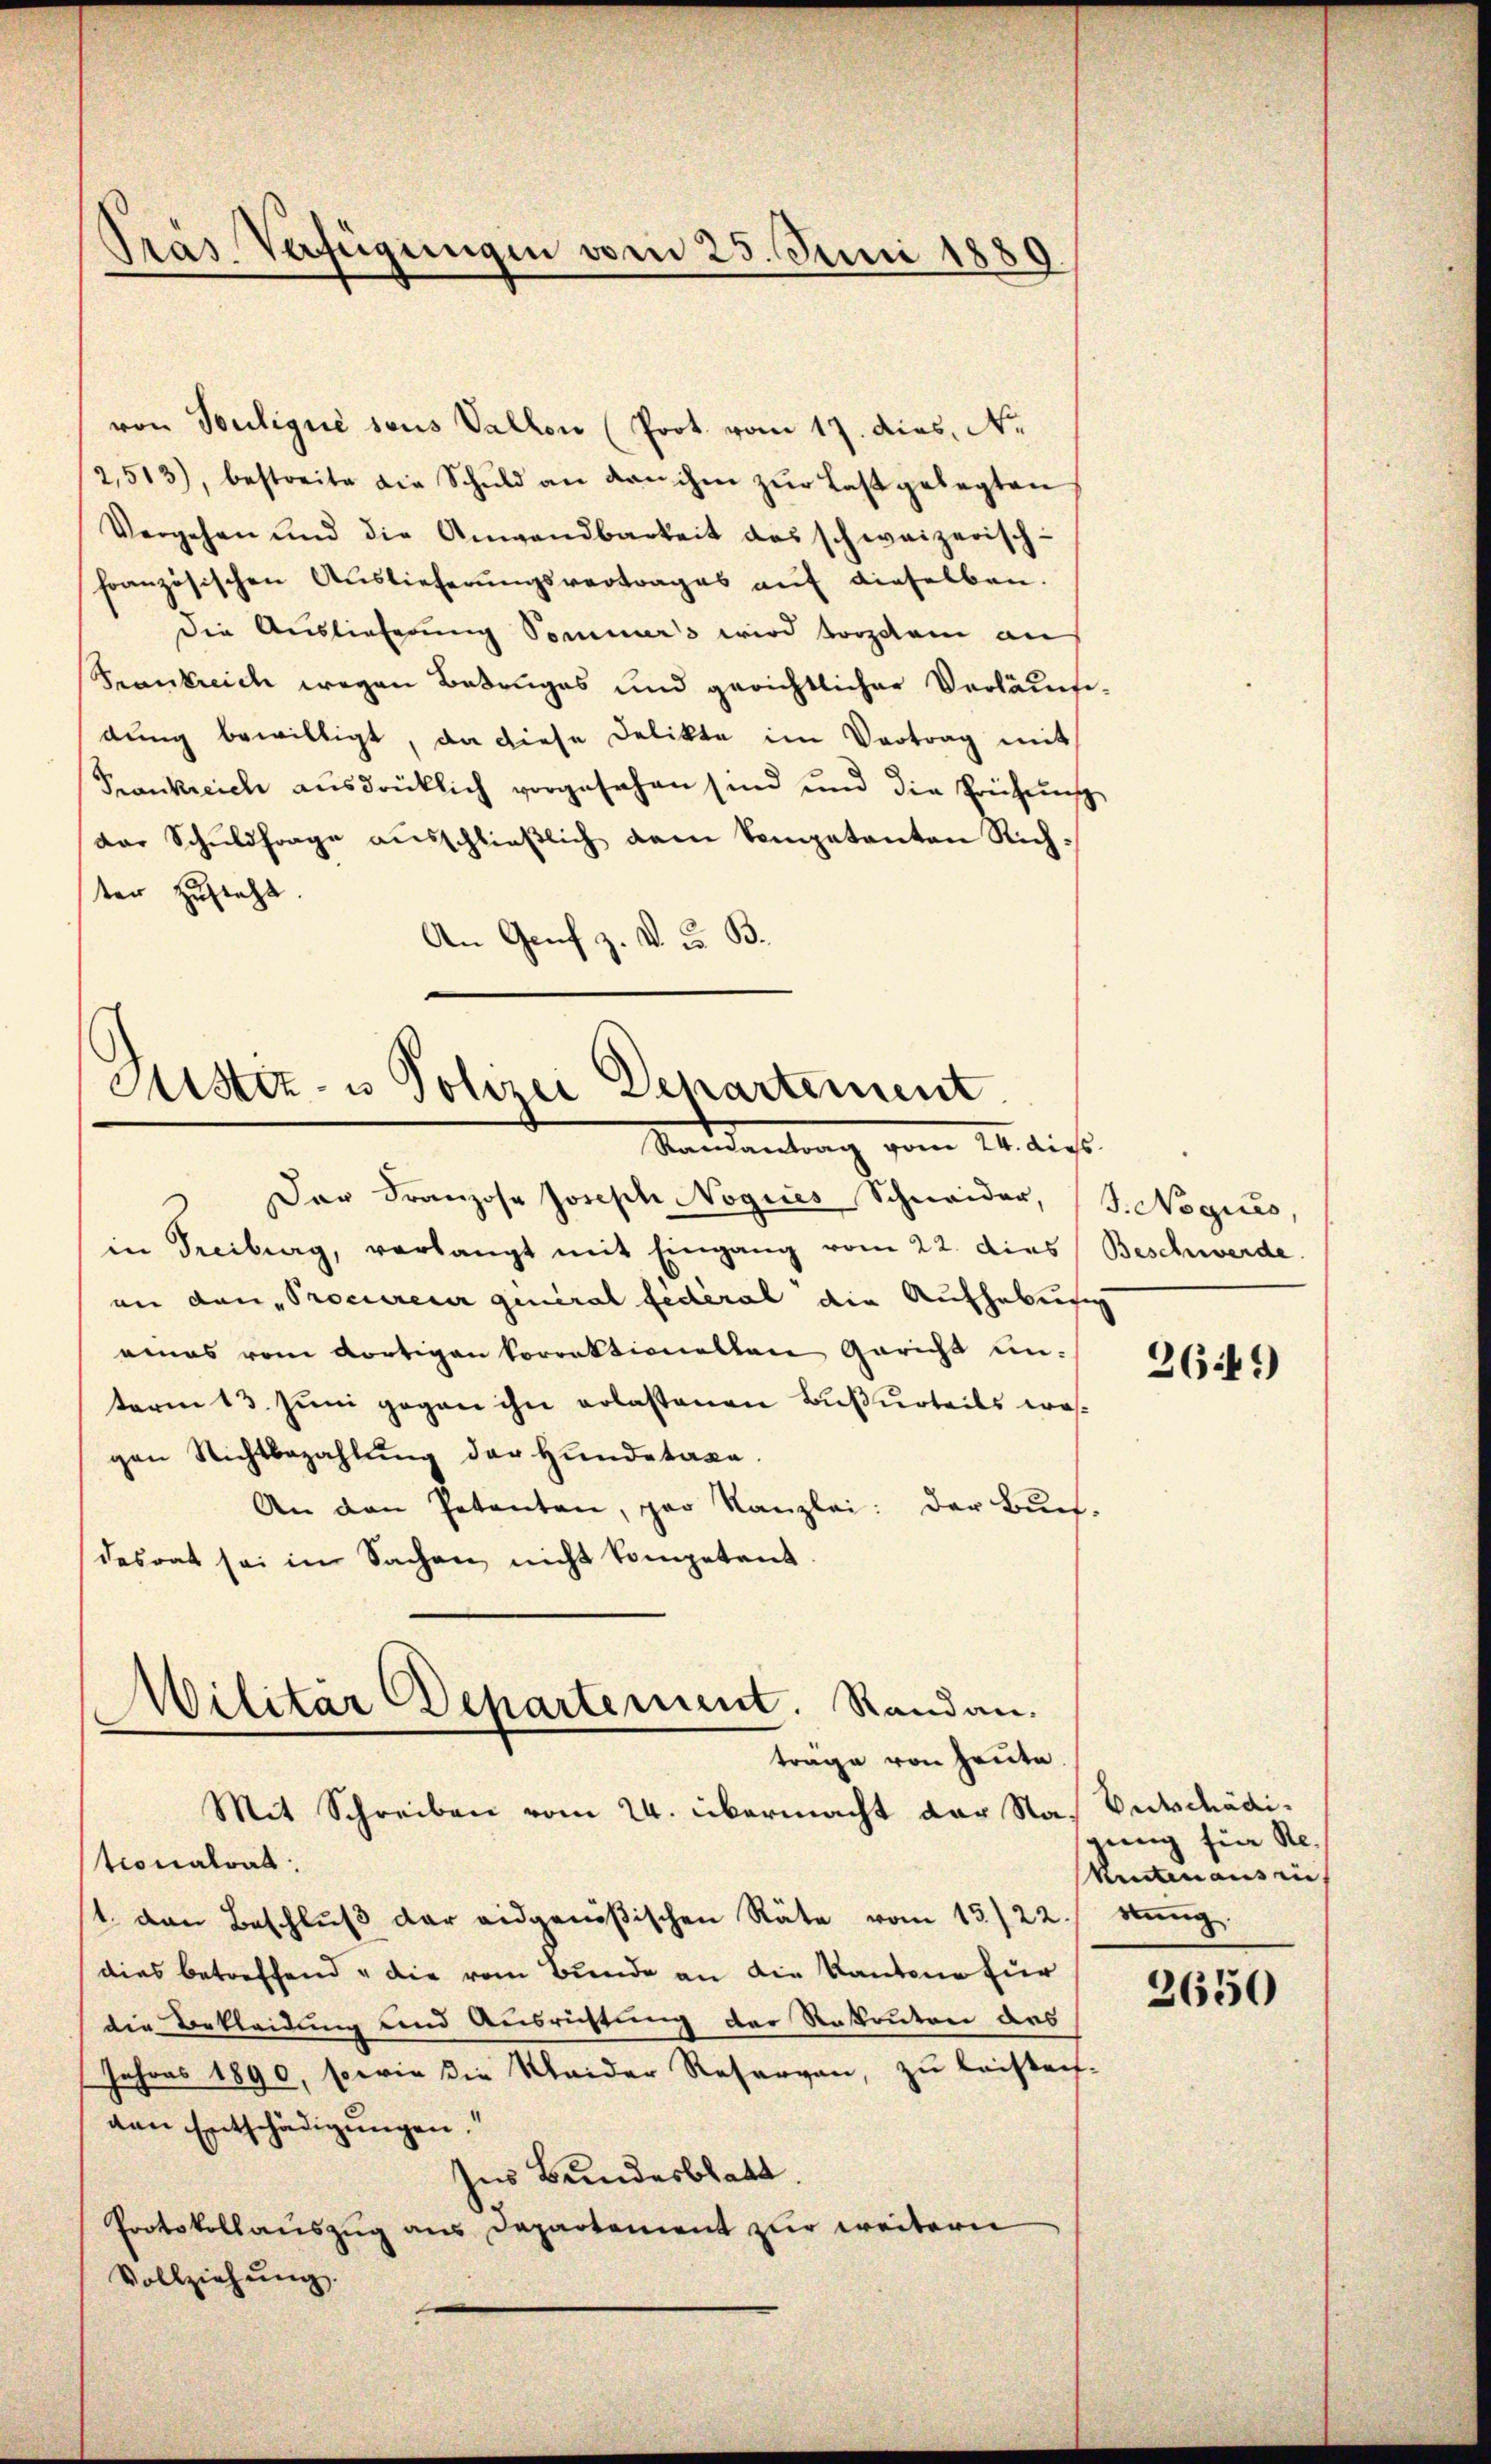
Tras Verfügungen vom 25. Juni 1889

von Souliqué sous Sallen (Prot. vom 17. dies, N.
2,513), bestreite die Schuld an dan ihm zŭr Last gelegten
Vergehen und die Anwendbarkeit des schweizerisch-
französischen Auslieferŭngsvertrages aŭf dieselben.
die Auslieferung Sommers wird torzdam an
Frankreich wegen Betruges und gerichtlicher Verläufedung bewilligt, da diese Delikte im Vertrag mit
Frankreich ausdrücklich vorgesehen sind und die Prüfung
der Schuldfrage aŭsschlieβlich dem kompetenten Rich-
ter Zusteht
An Genf z. v. u. B.

Mistiz- u Polizei Departement

Wilitär Departement. Standau.

Standeantrag vom 21. dies
Der Franzose Joseph Nogues Schneider,
in Freiburg, verlangt mit Eingang vom 22. dies
an den Procureur general federal die Aufhebungen
eines vom dortigen korrektionellen Gericht unterm 13. Juni gegen ihn erlassenen Bußurteils wa
gen Richtbezahlŭng der Hŭndetaxe.
An den Petenten, par Kanzlei: der Buch
desrat sei in Sachen nicht kompetent.
träge von heute
Mit Schreiben vom 24. übermacht der Nationalrat:
st. Dann Beschluß der eidgenößischen Räte vom 15./22.
dies betreffend die vom Bunde an die Kantone für
die Bekleidung und Ausrichtung der Rekruten des
Jahres 1890, sowie die Kleider Resorgen, zu leisten
von Entschädigungen.“
Ins Bundesblatt.
Protokollauszug aus Departement zur weitern
Vollziehŭng.

S.Noques,
Beschwerde

2649)

Entschädigung für Re
Kentenaus in
stung.

2650